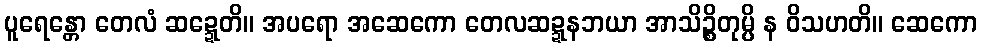
ပူရေန္တော တေလံ ဆဍ္ဍေတိ။ အပရော အဆေကော တေလဆဍ္ဍနဘယာ အာသိဉ္စိတုမ္ပိ န ဝိသဟတိ။ ဆေကော